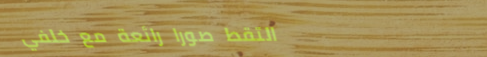
التقط صورًا رائعة مع خلفي